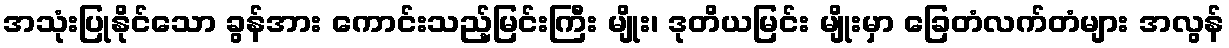
အသုံးပြုနိုင်သော ခွန်အား ကောင်းသည့်မြင်းကြီး မျိုး၊ ဒုတိယမြင်း မျိုးမှာ ခြေတံလက်တံများ အလွန်